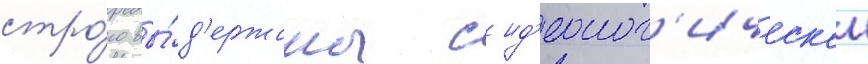
стро́го вы́д'ержаны с ид'еолог'ическои